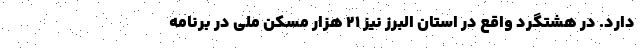
دارد. در هشتگرد واقع در استان البرز نیز ۲۱ هزار مسکن ملی در برنامه